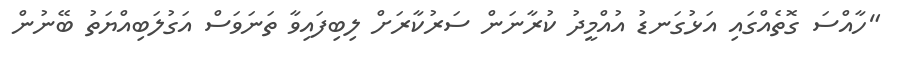
"ހާއްސަ ގޮތެއްގައި އަޅުގަނޑު އުއްމީދު ކުރާނަން ސަރުކާރަށް ލިބިފައިވާ ތަނަވަސް އަގުލަބިއްޔަތު ބޭނުން